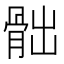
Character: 𩨸